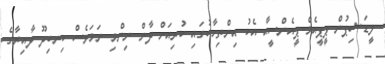
ލީޑަޝިޕުން ޕީޕީއެމް-ޕީއެންސީއާ އެކު އިންތިހާބުގައި ކުރިއަށް ދާން ނިންމި ނަމަވެސް ކިނބިދޫ ދާއިރާގެ